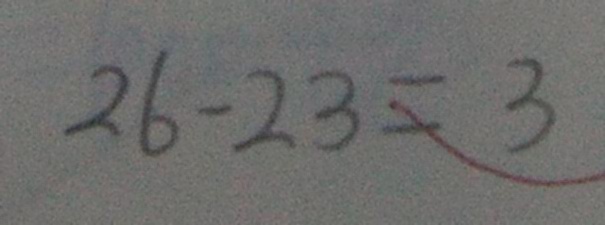
2 6 - 2 3 = 3